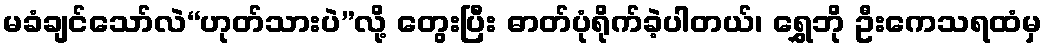
မခံချင်သော်လဲ“ဟုတ်သားပဲ”လို့ တွေးပြီး ဓာတ်ပုံရိုက်ခဲ့ပါတယ်၊ ရွှေဘို ဦးကေသရထံမှ